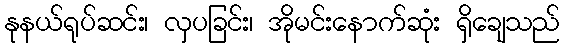
နုနယ်ရုပ်ဆင်း၊ လှပခြင်း၊ အိုမင်းနောက်ဆုံး ရှိချေသည်